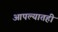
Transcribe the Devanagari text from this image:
आपल्यातही